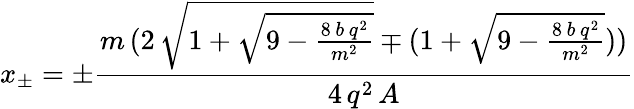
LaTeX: x_{\pm}=\pm\frac{m\, (2\, \sqrt{1+\sqrt{9-\frac{8\, b\, q^{2}}{m^{2}}}}\mp(1+\sqrt{9-\frac{8\, b\, q^{2}}{m^{2}}}))}{4\, q^{2}\, A}